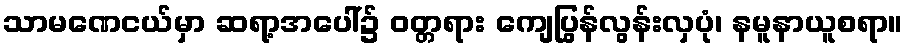
သာမဏေငယ်မှာ ဆရာ့အပေါ်၌ ဝတ္တရား ကျေပြွန်လွန်းလှပုံ၊ နမူနာယူစရာ။